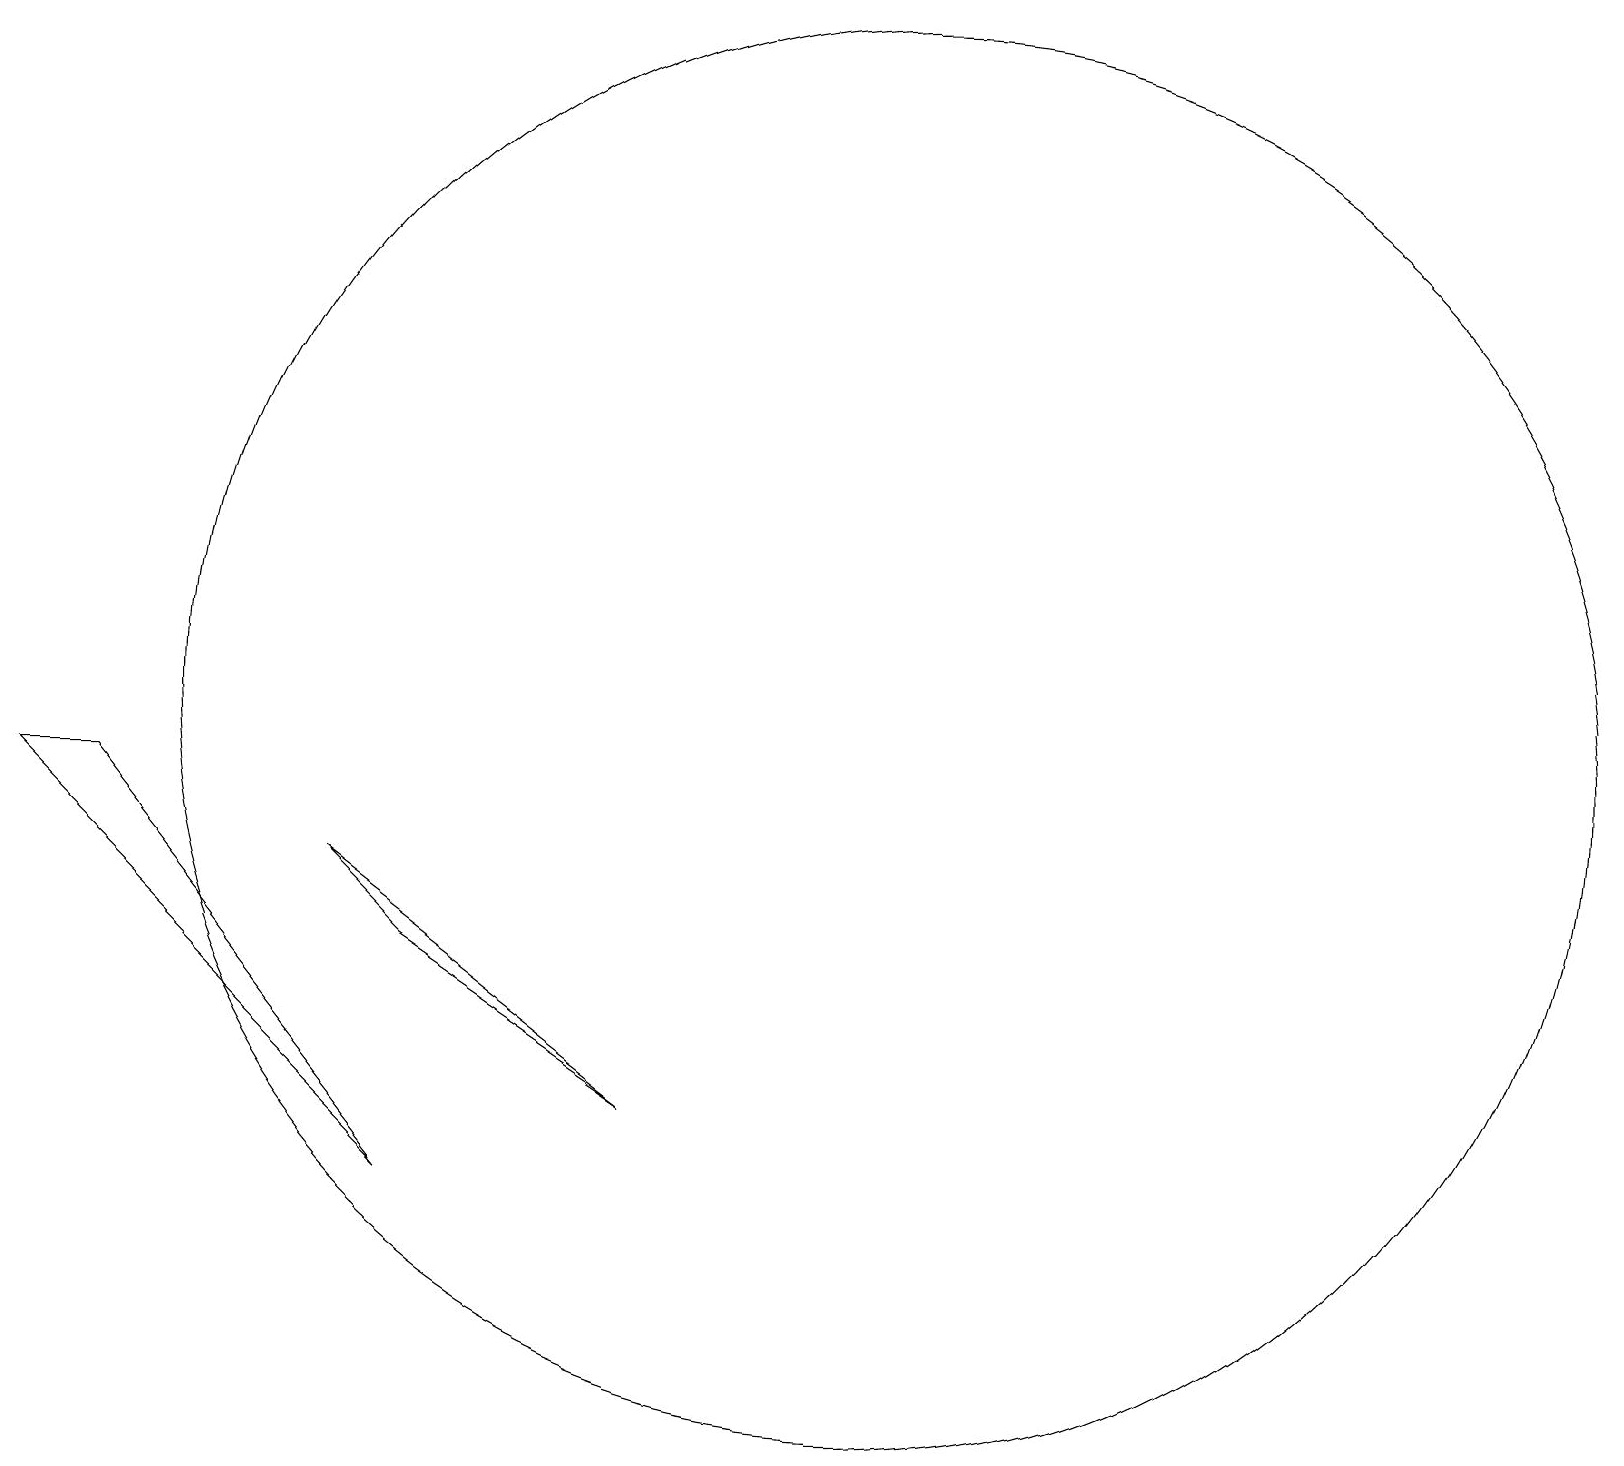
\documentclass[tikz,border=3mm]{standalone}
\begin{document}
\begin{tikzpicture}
\draw (5,4) -- (1,9) -- (0,9) -- cycle;
\draw (5,7) -- (8,5) -- (4,8) -- cycle;
\draw (11,10) circle (9);
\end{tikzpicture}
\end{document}